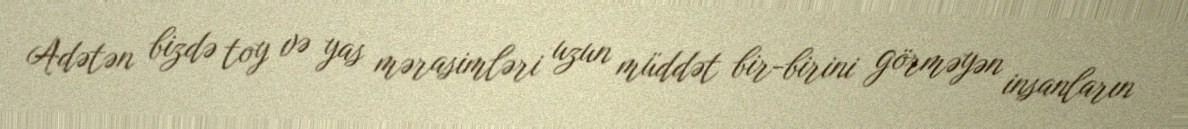
Adətən bizdə toy və yas mərasimləri uzun müddət bir-birini görməyən insanların